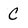
Character: C